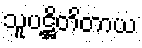
သူပဋ္ဌိတိတာယ